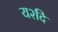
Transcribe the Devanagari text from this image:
य२दि